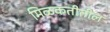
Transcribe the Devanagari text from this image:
मिळकतीतील